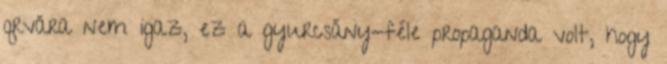
qrvára nem igaz, ez a gyurcsány-féle propaganda volt, hogy